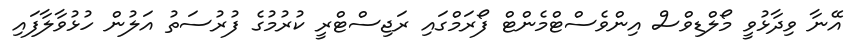
އޭނާ ވިދާޅުވީ މޯލްޑިވްސް އިންވެސްޓްމެންޓް ފޯރަމްގައި ރަޖިސްޓްރީ ކުރުމުގެ ފުރުސަތު އަލުން ހުޅުވާލާފައި